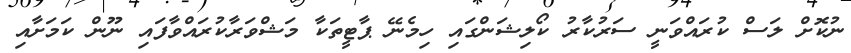
ނުކޮށް ލަސް ކުރައްވަނީ ސަރުކާރު ކޯލިޝަންގައި ހިމެނޭ ޕާޓީތަކާ މަޝްވަރާކުރައްވާފައި ނޫން ކަމަށާއި